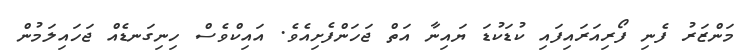
މަންޒަރު ފެނި ފޯރިއަރައިފައި ކުޑަކުޑަ ޔައިނާ އަތް ޖަހަންފެށިއެވެ. އައިކްވެސް ހިނިގަނޑެއް ޖަހައިލަމުން